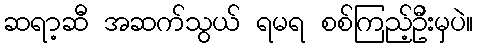
ဆရာ့ဆီ အဆက်သွယ် ရမရ စစ်ကြည့်ဦးမှပဲ။